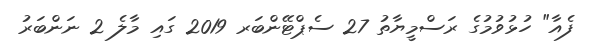
ފެއާ" ހުޅުވުމުގެ ރަސްމީޔާތު 27 ސެޕްޓޭންބަރ 2019 ގައި މާލެ 2 ނަންބަރު